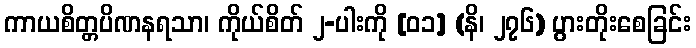
ကာယစိတ္တပိဏနရသာ၊ ကိုယ်စိတ် ၂-ပါးကို [၀၁] (နိ၊ ၂၇၆) ပွားတိုးစေခြင်း